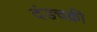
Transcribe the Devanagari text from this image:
दंडचक्री